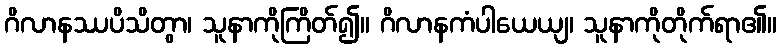
ဂိလာနဿပိသိတွာ၊ သူနာကိုကြိတ်၍။ ဂိလာနကံပါယေယျ၊ သူနာကိုတိုက်ရာ၏။